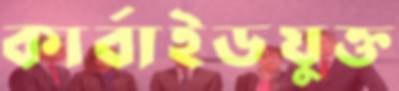
কার্বাইডযুক্ত